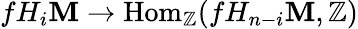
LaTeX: fH_{i}\mathbf{M}\to\mathrm{{Hom}}_{\mathbb{{Z}}}(fH_{n-i}\mathbf{M},\mathbb{{Z}})